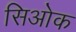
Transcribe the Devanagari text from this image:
सिओक